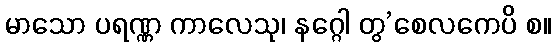
မာသော ပရဏ္ဏ ကာလေသု၊ နဂ္ဂေါ တွ’စေလကေပိ စ။